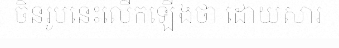
ចិនរូបនេះលើកឡើងថា ដោយសារ